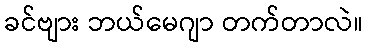
ခင်ဗျား ဘယ်မေဂျာ တက်တာလဲ။